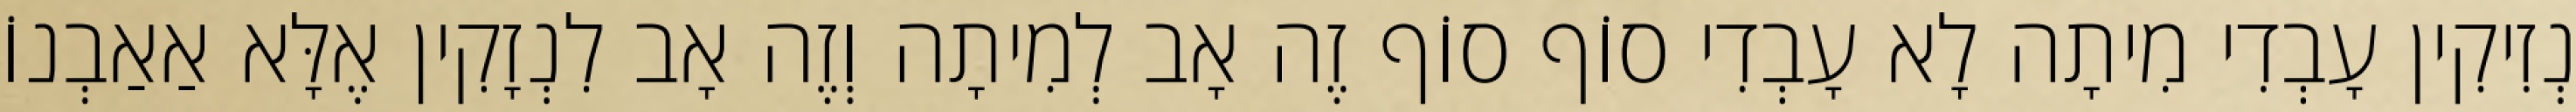
נְזִיקִין עָבְדִי מִיתָה לָא עָבְדִי סוֹף סוֹף זֶה אָב לְמִיתָה וְזֶה אָב לִנְזָקִין אֶלָּא אַאַבְנוֹ